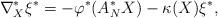
LaTeX: \begin{align*}\nabla^{\ast}_{X} \xi^{\ast}=-\varphi^{\ast} (A^{\ast}_{N}X)-\kappa(X)\xi^{\ast},\end{align*}